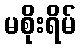
မစိုးရိမ်